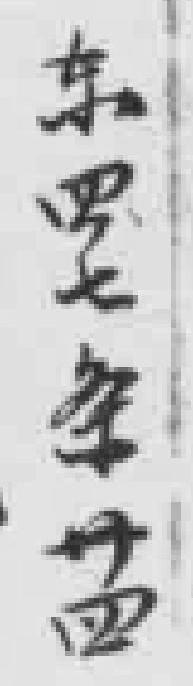
东四七条卄四